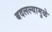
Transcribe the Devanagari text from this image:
बदलल्यामुळे